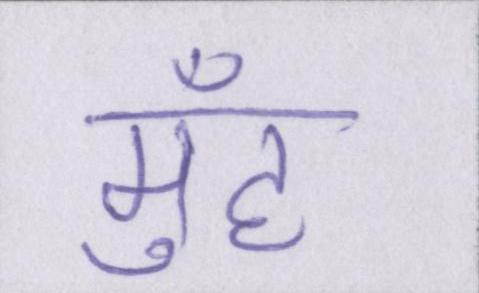
मुँह